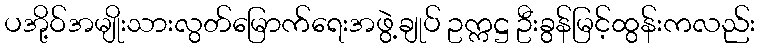
ပအို့ဝ်အမျိုးသားလွတ်မြောက်ရေးအဖွဲ့ချုပ် ဥက္ကဋ္ဌ ဦးခွန်မြင့်ထွန်းကလည်း